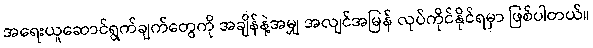
အရေးယူဆောင်ရွက်ချက်တွေကို အချိန်နဲ့အမျှ အလျင်အမြန် လုပ်ကိုင်နိုင်ရမှာ ဖြစ်ပါတယ်။